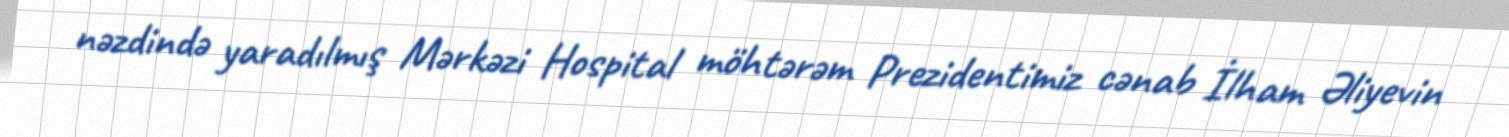
nəzdində yaradılmış Mərkəzi Hospital möhtərəm Prezidentimiz cənab İlham Əliyevin